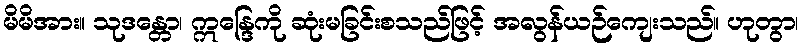
မိမိအား။ သုဒန္တော၊ ဣန္ဒြေကို ဆုံးမခြင်းစသည်ဖြင့် အလွန်ယဉ်ကျေးသည်။ ဟုတွာ၊